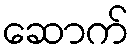
ဆောက်